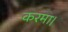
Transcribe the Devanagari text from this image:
करमा।